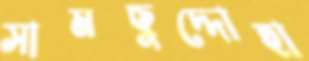
সামছুদ্দোহা